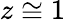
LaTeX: z\cong 1